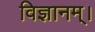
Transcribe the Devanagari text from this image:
विज्ञानम्।